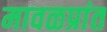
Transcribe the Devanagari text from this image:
मावळप्रांत